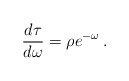
\begin{align*}\frac{d\tau}{d\omega} = \rho e^{-\omega} \>.\end{align*}